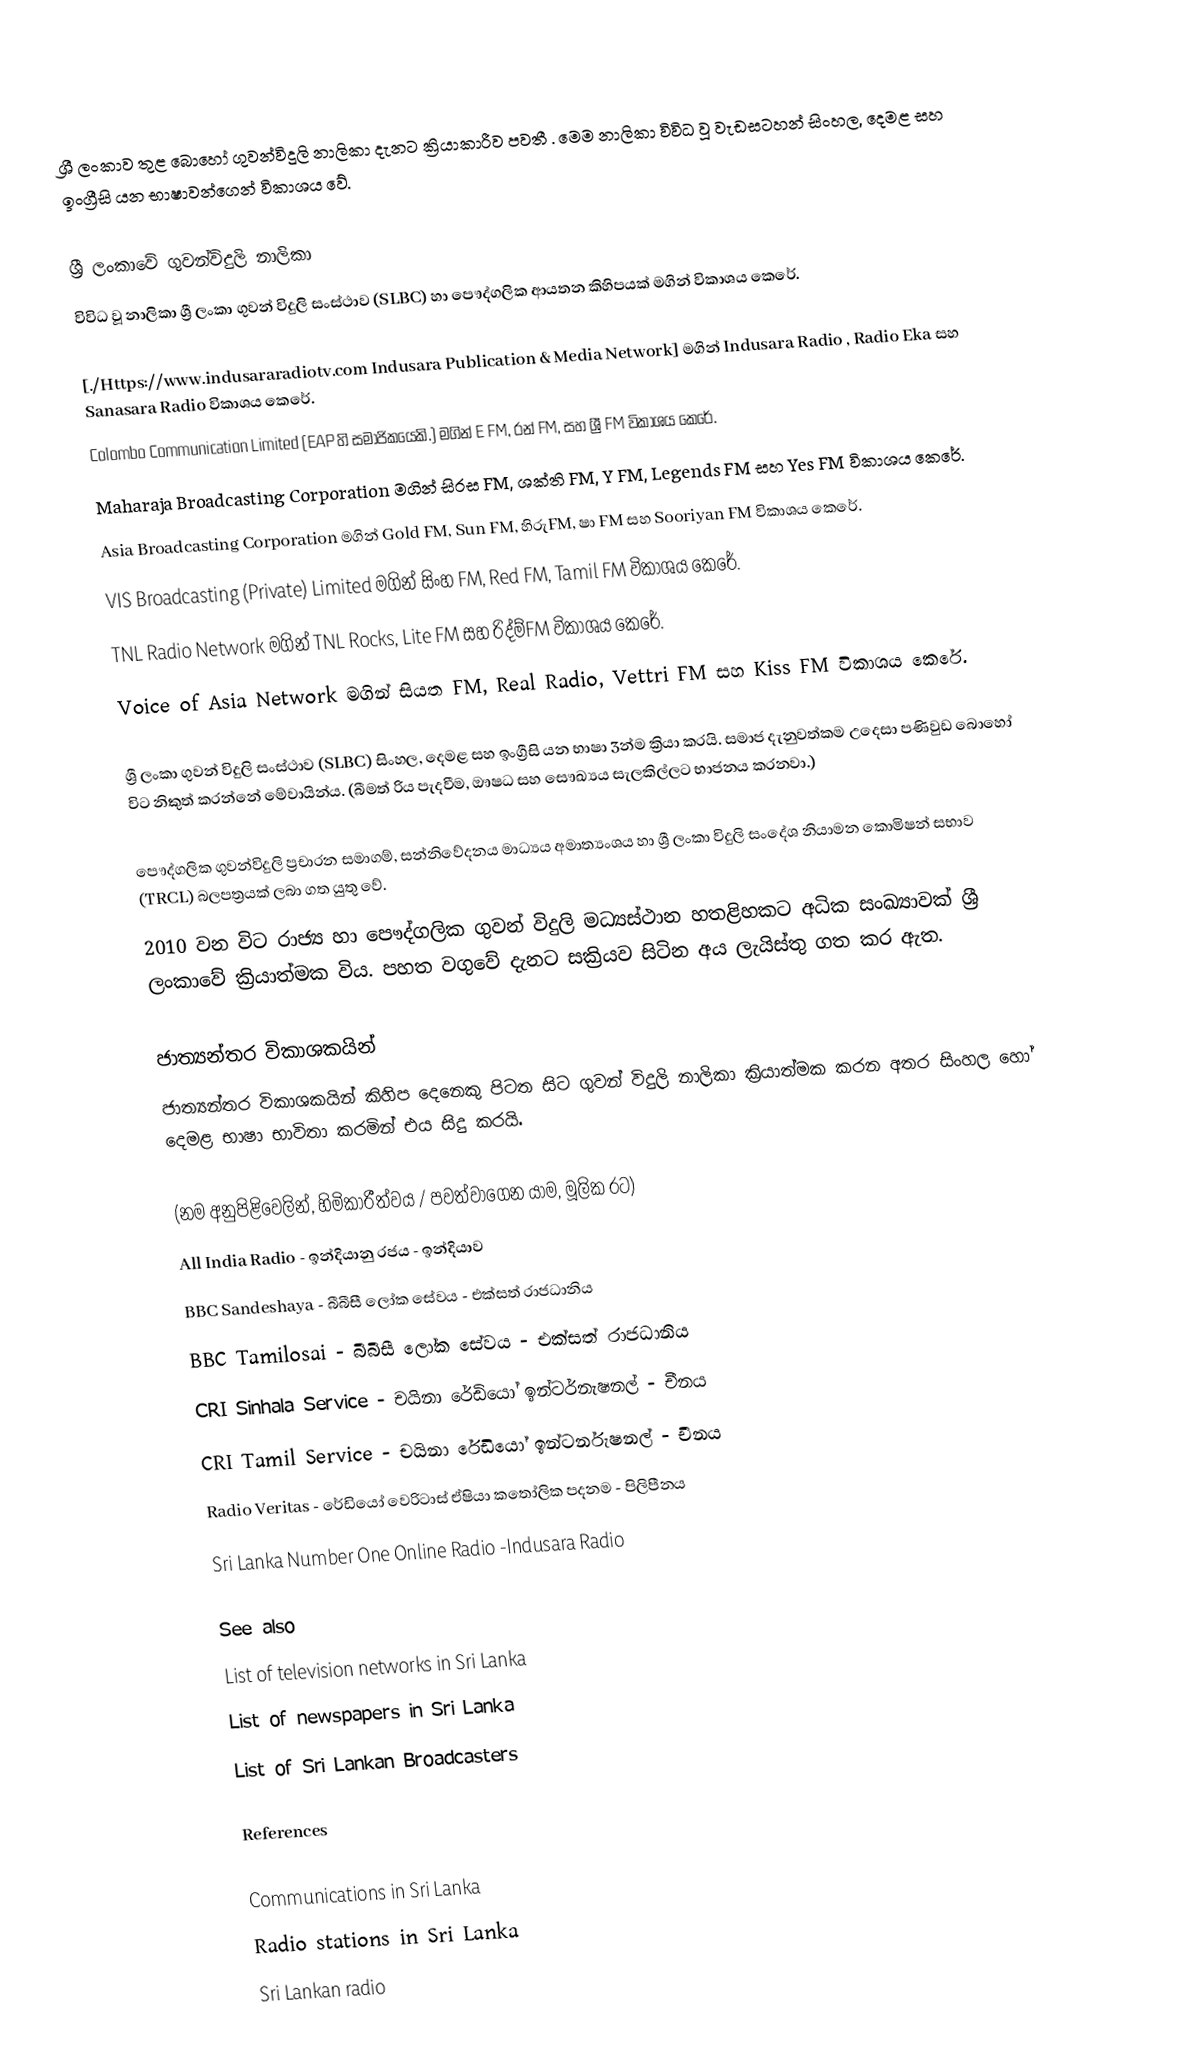
ශ්‍රී ලංකාව තුළ බොහෝ ගුවන්විදුලි නාලිකා දැනට ක්‍රියාකාරීව පවතී . මෙම නාලිකා විවිධ වූ වැඩසටහන් සිංහල, දෙමළ සහ ඉංග්‍රීසි යන භාෂාවන්ගෙන් විකාශය වේ.

ශ්‍රී ලංකාවේ ගුවන්විදුලි නාලිකා
විවිධ වූ නාලිකා ශ්‍රී ලංකා ගුවන් විදුලි සංස්ථාව (SLBC) හා පෞද්ගලික ආයතන කිහිපයක් මගින් විකාශය කෙරේ.

[./Https://www.indusararadiotv.com Indusara Publication & Media Network] මගින් Indusara Radio , Radio Eka සහ Sanasara Radio විකාශය කෙරේ.
Colombo Communication Limited (EAP හි සමාජිකයෙකි.) මගින් E FM, රන් FM, සහ ශ්‍රී FM විකාශය කෙරේ.
Maharaja Broadcasting Corporation මගින් සිරස FM, ශක්ති FM, Y FM, Legends FM සහ Yes FM විකාශය කෙරේ.
 Asia Broadcasting Corporation මගින් Gold FM, Sun FM, හිරුFM, ෂා FM සහ Sooriyan FM විකාශය කෙරේ.
VIS Broadcasting (Private) Limited මගින් සිංහ FM, Red FM, Tamil FM විකාශය කෙරේ.
TNL Radio Network මගින්  TNL Rocks, Lite FM සහ රිද්ම්FM විකාශය කෙරේ.
Voice of Asia Network මගින් සියත FM, Real Radio, Vettri FM සහ Kiss FM විකාශය කෙරේ.

ශ්‍රී ලංකා ගුවන් විදුලි සංස්ථාව (SLBC) සිංහල, දෙමළ සහ ඉංග්‍රීසි යන භාෂා 3න්ම ක්‍රියා කරයි. සමාජ දැනුවත්කම උදෙසා පණිවුඩ බොහෝ විට නිකුත් කරන්නේ මේවායින්ය. (බීමත් රිය පැදවීම, ඖෂධ සහ සෞඛ්‍යය සැලකිල්ලට භාජනය කරනවා.)

පෞද්ගලික ගුවන්විදුලි ප්‍රචාරන සමාගම්, සන්නිවේදනය මාධ්‍යය අමාත්‍යංශය හා ශ්‍රී ලංකා විදුලි සංදේශ නියාමන කොමිෂන් සභාව (TRCL) බලපත්‍රයක් ලබා ගත යුතු වේ.
2010 වන විට රාජ්‍ය හා පෞද්ගලික ගුවන් විදුලි මධ්‍යස්ථාන හතළිහකට අධික සංඛ්‍යාවක් ශ්‍රී ලංකාවේ ක්‍රියාත්මක විය.  පහත වගුවේ දැනට සක්‍රියව සිටින අය ලැයිස්තු ගත කර ඇත.

ජාත්‍යන්තර විකාශකයින්
ජාත්‍යන්තර විකාශකයින් කිහිප දෙනෙකු පිටත සිට ගුවන් විදුලි නාලිකා ක්‍රියාත්මක කරන අතර සිංහල හෝ දෙමළ භාෂා භාවිතා කරමින් එය සිදු කරයි.

(නම අනුපිළිවෙලින්, හිමිකාරීත්වය / පවත්වාගෙන යාම, මූලික රට)
All India Radio - ඉන්දියානු රජය - ඉන්දියාව
BBC Sandeshaya -  බීබීසී ලෝක සේවය - එක්සත් රාජධානිය
BBC Tamilosai - බීබීසී ලෝක සේවය - එක්සත් රාජධානිය
CRI Sinhala Service -  චයිනා රේඩියෝ ඉන්ටර්නැෂනල් - චීනය
CRI Tamil Service -  චයිනා රේඩියෝ ඉන්ටර්නැෂනල් - චීනය
Radio Veritas - රේඩියෝ වෙරිටාස් ඒෂියා කතෝලික පදනම - පිලිපීනය
Sri Lanka Number One Online Radio -Indusara Radio

See also
List of television networks in Sri Lanka
List of newspapers in Sri Lanka
List of Sri Lankan Broadcasters

References

Communications in Sri Lanka
Radio stations in Sri Lanka
Sri Lankan radio